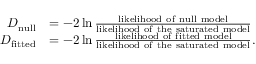
{ \begin{array} { r l } { D _ { \mathrm { n u l l } } } & { = - 2 \ln { \frac { \mathrm { l i k e l i h o o d ~ o f ~ n u l l ~ m o d e l } } { \mathrm { l i k e l i h o o d ~ o f ~ t h e ~ s a t u r a t e d ~ m o d e l } } } } \\ { D _ { \mathrm { f i t t e d } } } & { = - 2 \ln { \frac { \mathrm { l i k e l i h o o d ~ o f ~ f i t t e d ~ m o d e l } } { \mathrm { l i k e l i h o o d ~ o f ~ t h e ~ s a t u r a t e d ~ m o d e l } } } . } \end{array} }